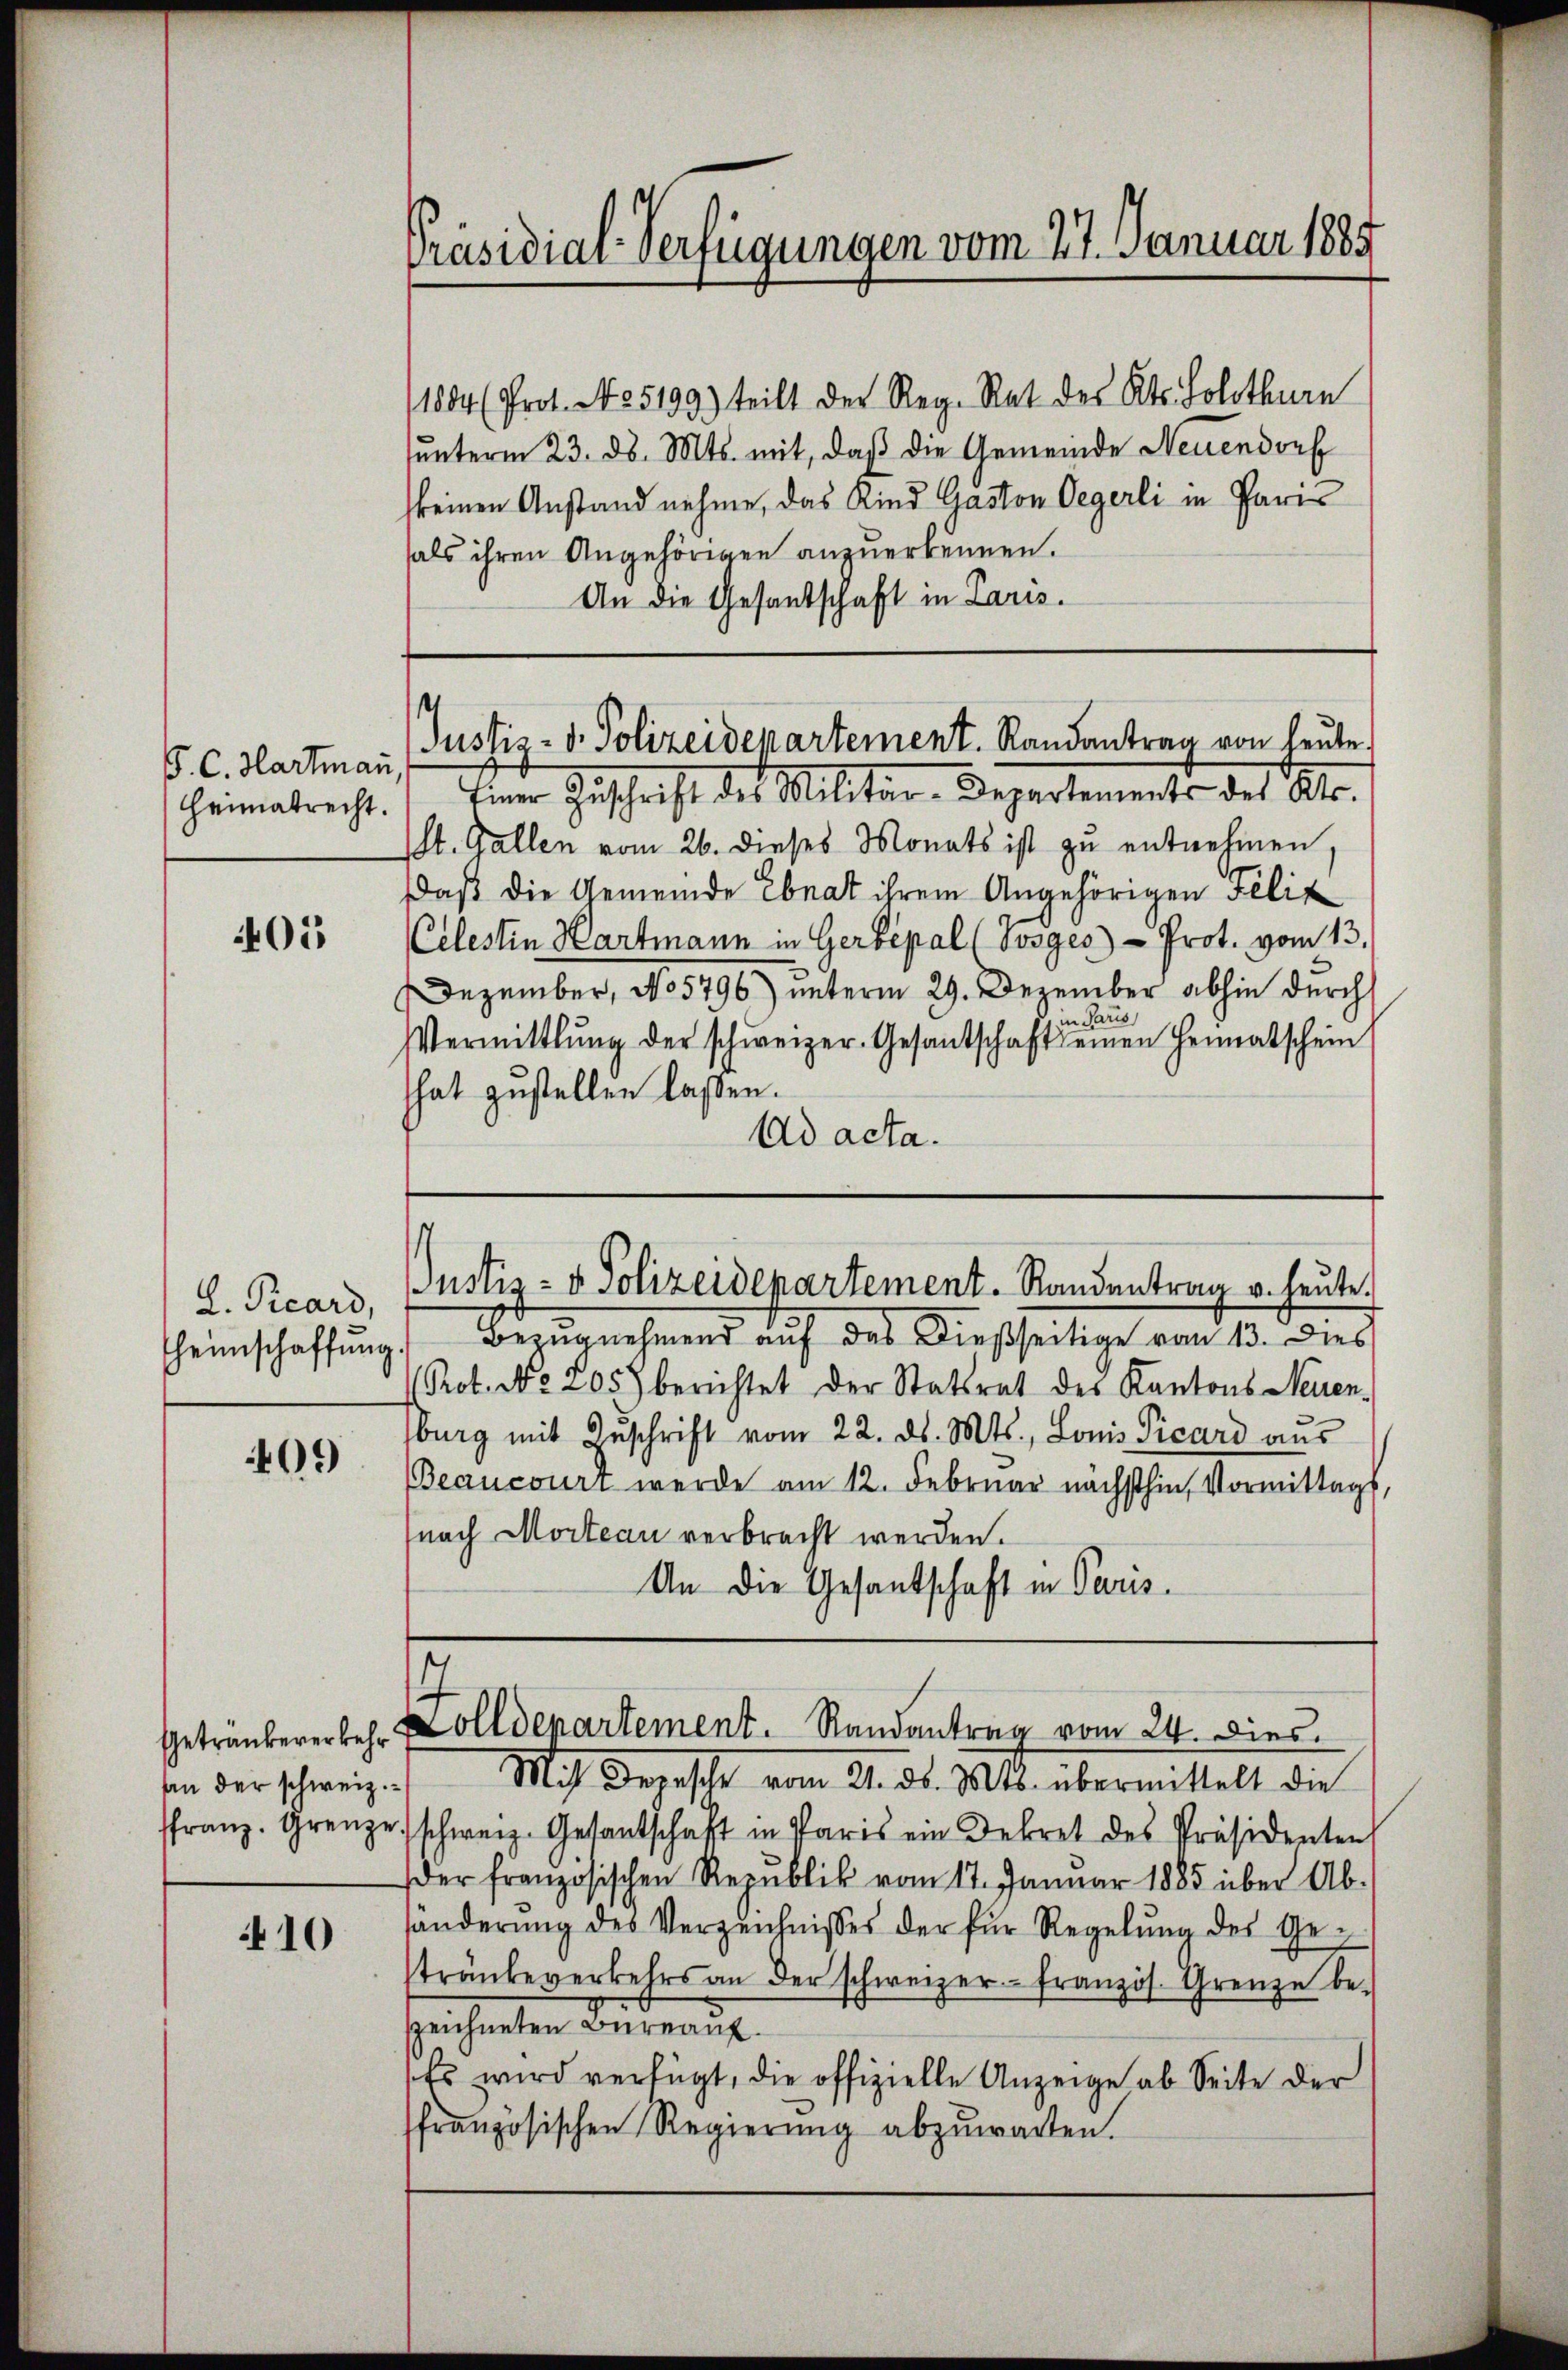
P. C. Hartmann,

405

L. Picard,
heimschaffung.

09

10

Präsidial-Verfügungen vom 27. Januar 1885

11884 (Prot. No. 5199) teilt der Reg. Rat des Kts. Solothurn
ŭnterm 23. ds. Mts. mit, daβ die Gemeinde Neuendorf
keinen Anstand nehme, das Kind Gaston Oegerli in Pari
fals ihren Angehörigen anzuerkennen.
An die Gesandschaft in Paris.

(St. Gallen vom 26. dieses Monats ist zu entnehmen
Daß die Gemeinde Ebnat ihrem Angehörigen Filit
Celestin Hartmann in Gerbepal (Posges - Prot. vom 13.
Dezember, No 5796) unterm 29. Dezember abhin durch
n Paris
Vermittlung der schweizer-Gesantschaft seinen Heimatschein
hat zustellen laßen.
Ad acta.

Justiz- u. Polizeidepartement. Randantrag von heute
Heimatrecht. Einer Zuschrift des Militär-Departements des Kts.

Justiz- & Polizeidepartement. Randentrag v. heute.

Bezugnehmend auf des Dießseitige vom 13. Dies
Rot. No. 205) berichtet der Statsrat des Kantons Neuen-
burg mit Zuschrift vom 22. ds. Mts., Lonis Picard aus
Beaucourt werde am 12. Februar nächsthin, Vormittags,
nach Mosteau verbracht werden.
An die Gesantschaft in Paris

An der schweiz.) Mit Depesche vom 21. ds. Mts. übermittelt die
ffranz. Grenze schweiz. Gesantschaft in Paris ein Dekret des Präsidenten
der französischen Republik vom 17. Januar 1885 über Ab-
händerŭng des Verzeichnisses der für Regelŭng des Getränke verkehrs an der schweizer- französ. Grenze bezzeichneten Büreauf
Es wird verfügt, die offizielle Anzeige ab Seite der
ffranzösischen Regierŭng abzŭwarten.

s
Geträuberer beholldepartement. Randantrag vom 24. Dies